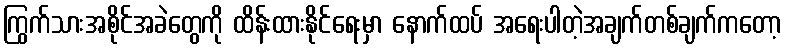
ကြွက်သားအစိုင်အခဲတွေကို ထိန်းထားနိုင်ရေးမှာ နောက်ထပ် အရေးပါတဲ့အချက်တစ်ချက်ကတော့